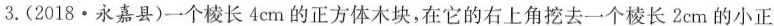
3.(2018·永嘉县)一个棱长4cm的正方体木块，在它的右上角挖去一个棱长2cm的小正